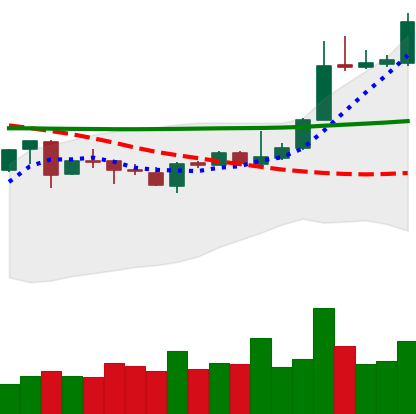
Ticker: XLM-USD
Chart end date: 2020-04-27
Forward return: 11.998%
Label: up_7plus